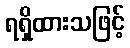
ရရှိထားသဖြင့်